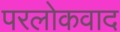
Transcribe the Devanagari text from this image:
परलोकवाद